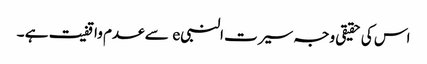
اس کی حقیقی وجہ سیرت النبیe سے عدم واقفیت ہے ۔